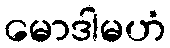
မောဒါမဟံ